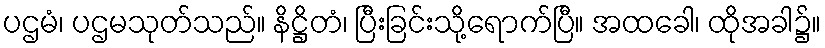
ပဌမံ၊ ပဌမသုတ်သည်။ နိဋ္ဌိတံ၊ ပြီးခြင်းသို့ရောက်ပြီ။ အထခေါ၊ ထိုအခါ၌။